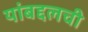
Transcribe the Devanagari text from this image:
यांबद्दलची